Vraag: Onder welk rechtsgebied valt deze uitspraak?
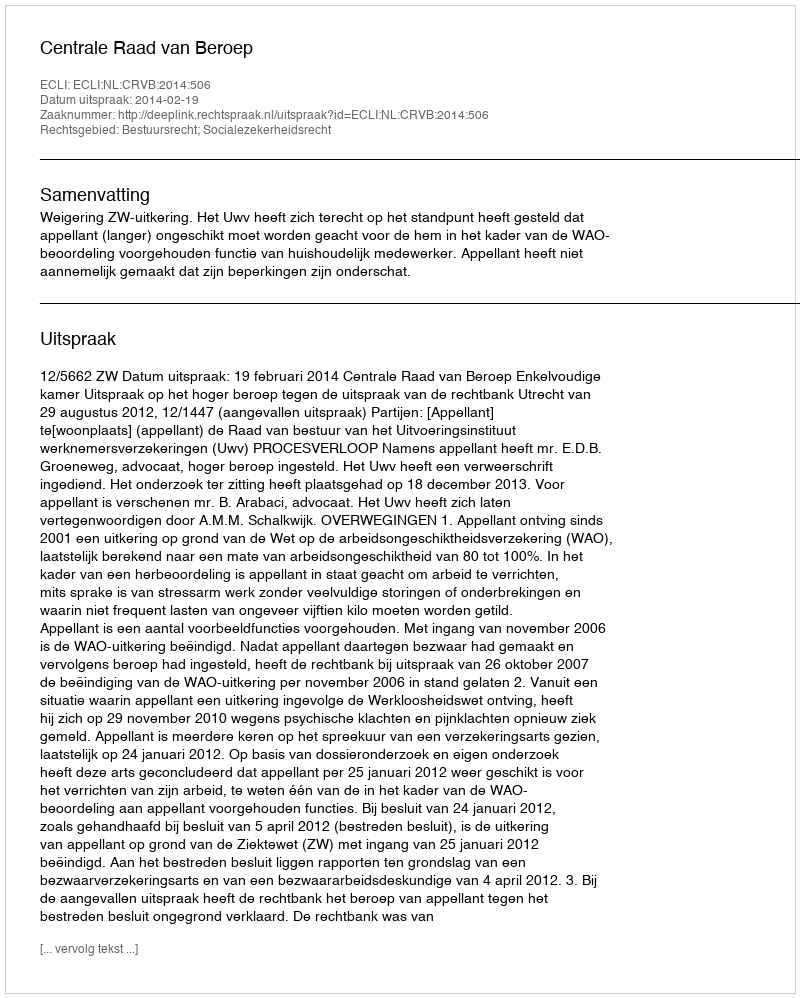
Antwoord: Bestuursrecht; Socialezekerheidsrecht